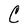
Character: C